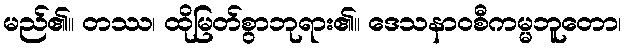
မည်၏။ တဿ၊ ထိုမြတ်စွာဘုရား၏။ ဒေသနာဝစီကမ္မဘူတော၊